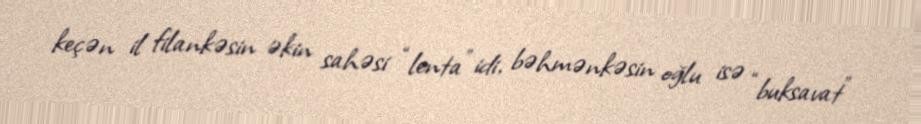
keçən il filankəsin əkin sahəsi “lenta” idi, bəhmənkəsin oğlu isə “buksavat”